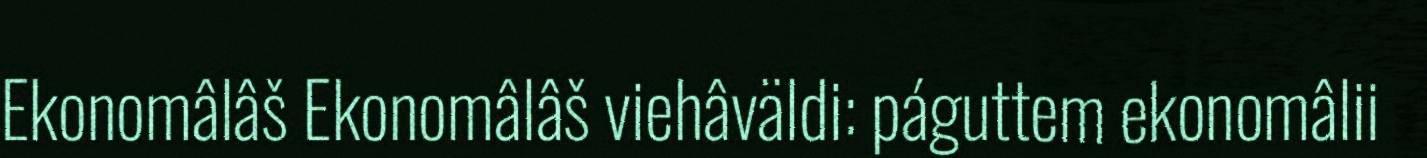
Ekonomâlâš Ekonomâlâš viehâväldi: páguttem ekonomâlii